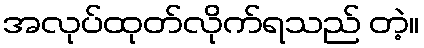
အလုပ်ထုတ်လိုက်ရသည် တဲ့။